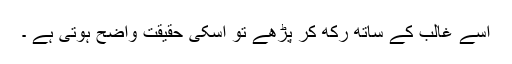
اسے غالب کے ساتھ رکھ کر پڑھے تو اسکی حقیقت واضح ہوتی ہے ۔